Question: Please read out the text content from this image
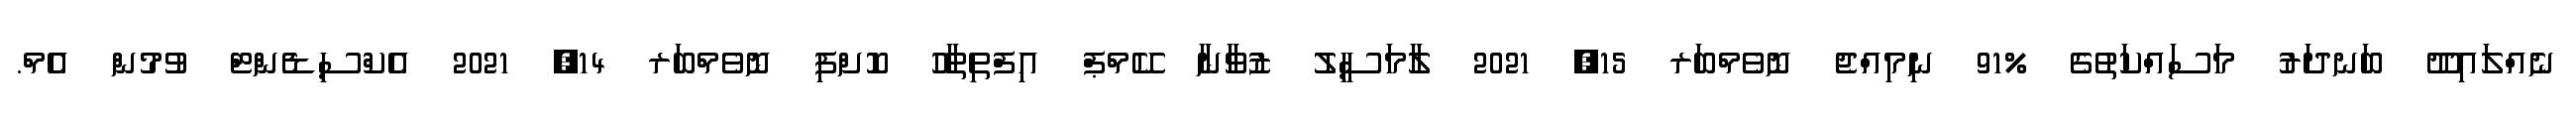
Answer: ނެއްލައިދޫ ބަނދަރު މަސައްކަތުގެ %91 ނިމިއްޖެ ނޮވެމްބަރ 15, 2021 ލާމަސީލު ޒުވާނާ ކޭމްޕް އިފްތިތާހު ކޮށްފި ނޮވެމްބަރ 14, 2021 އެކްސިޑެންޓް ވުމުން އެމް.